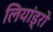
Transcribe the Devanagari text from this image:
लियांड्रो